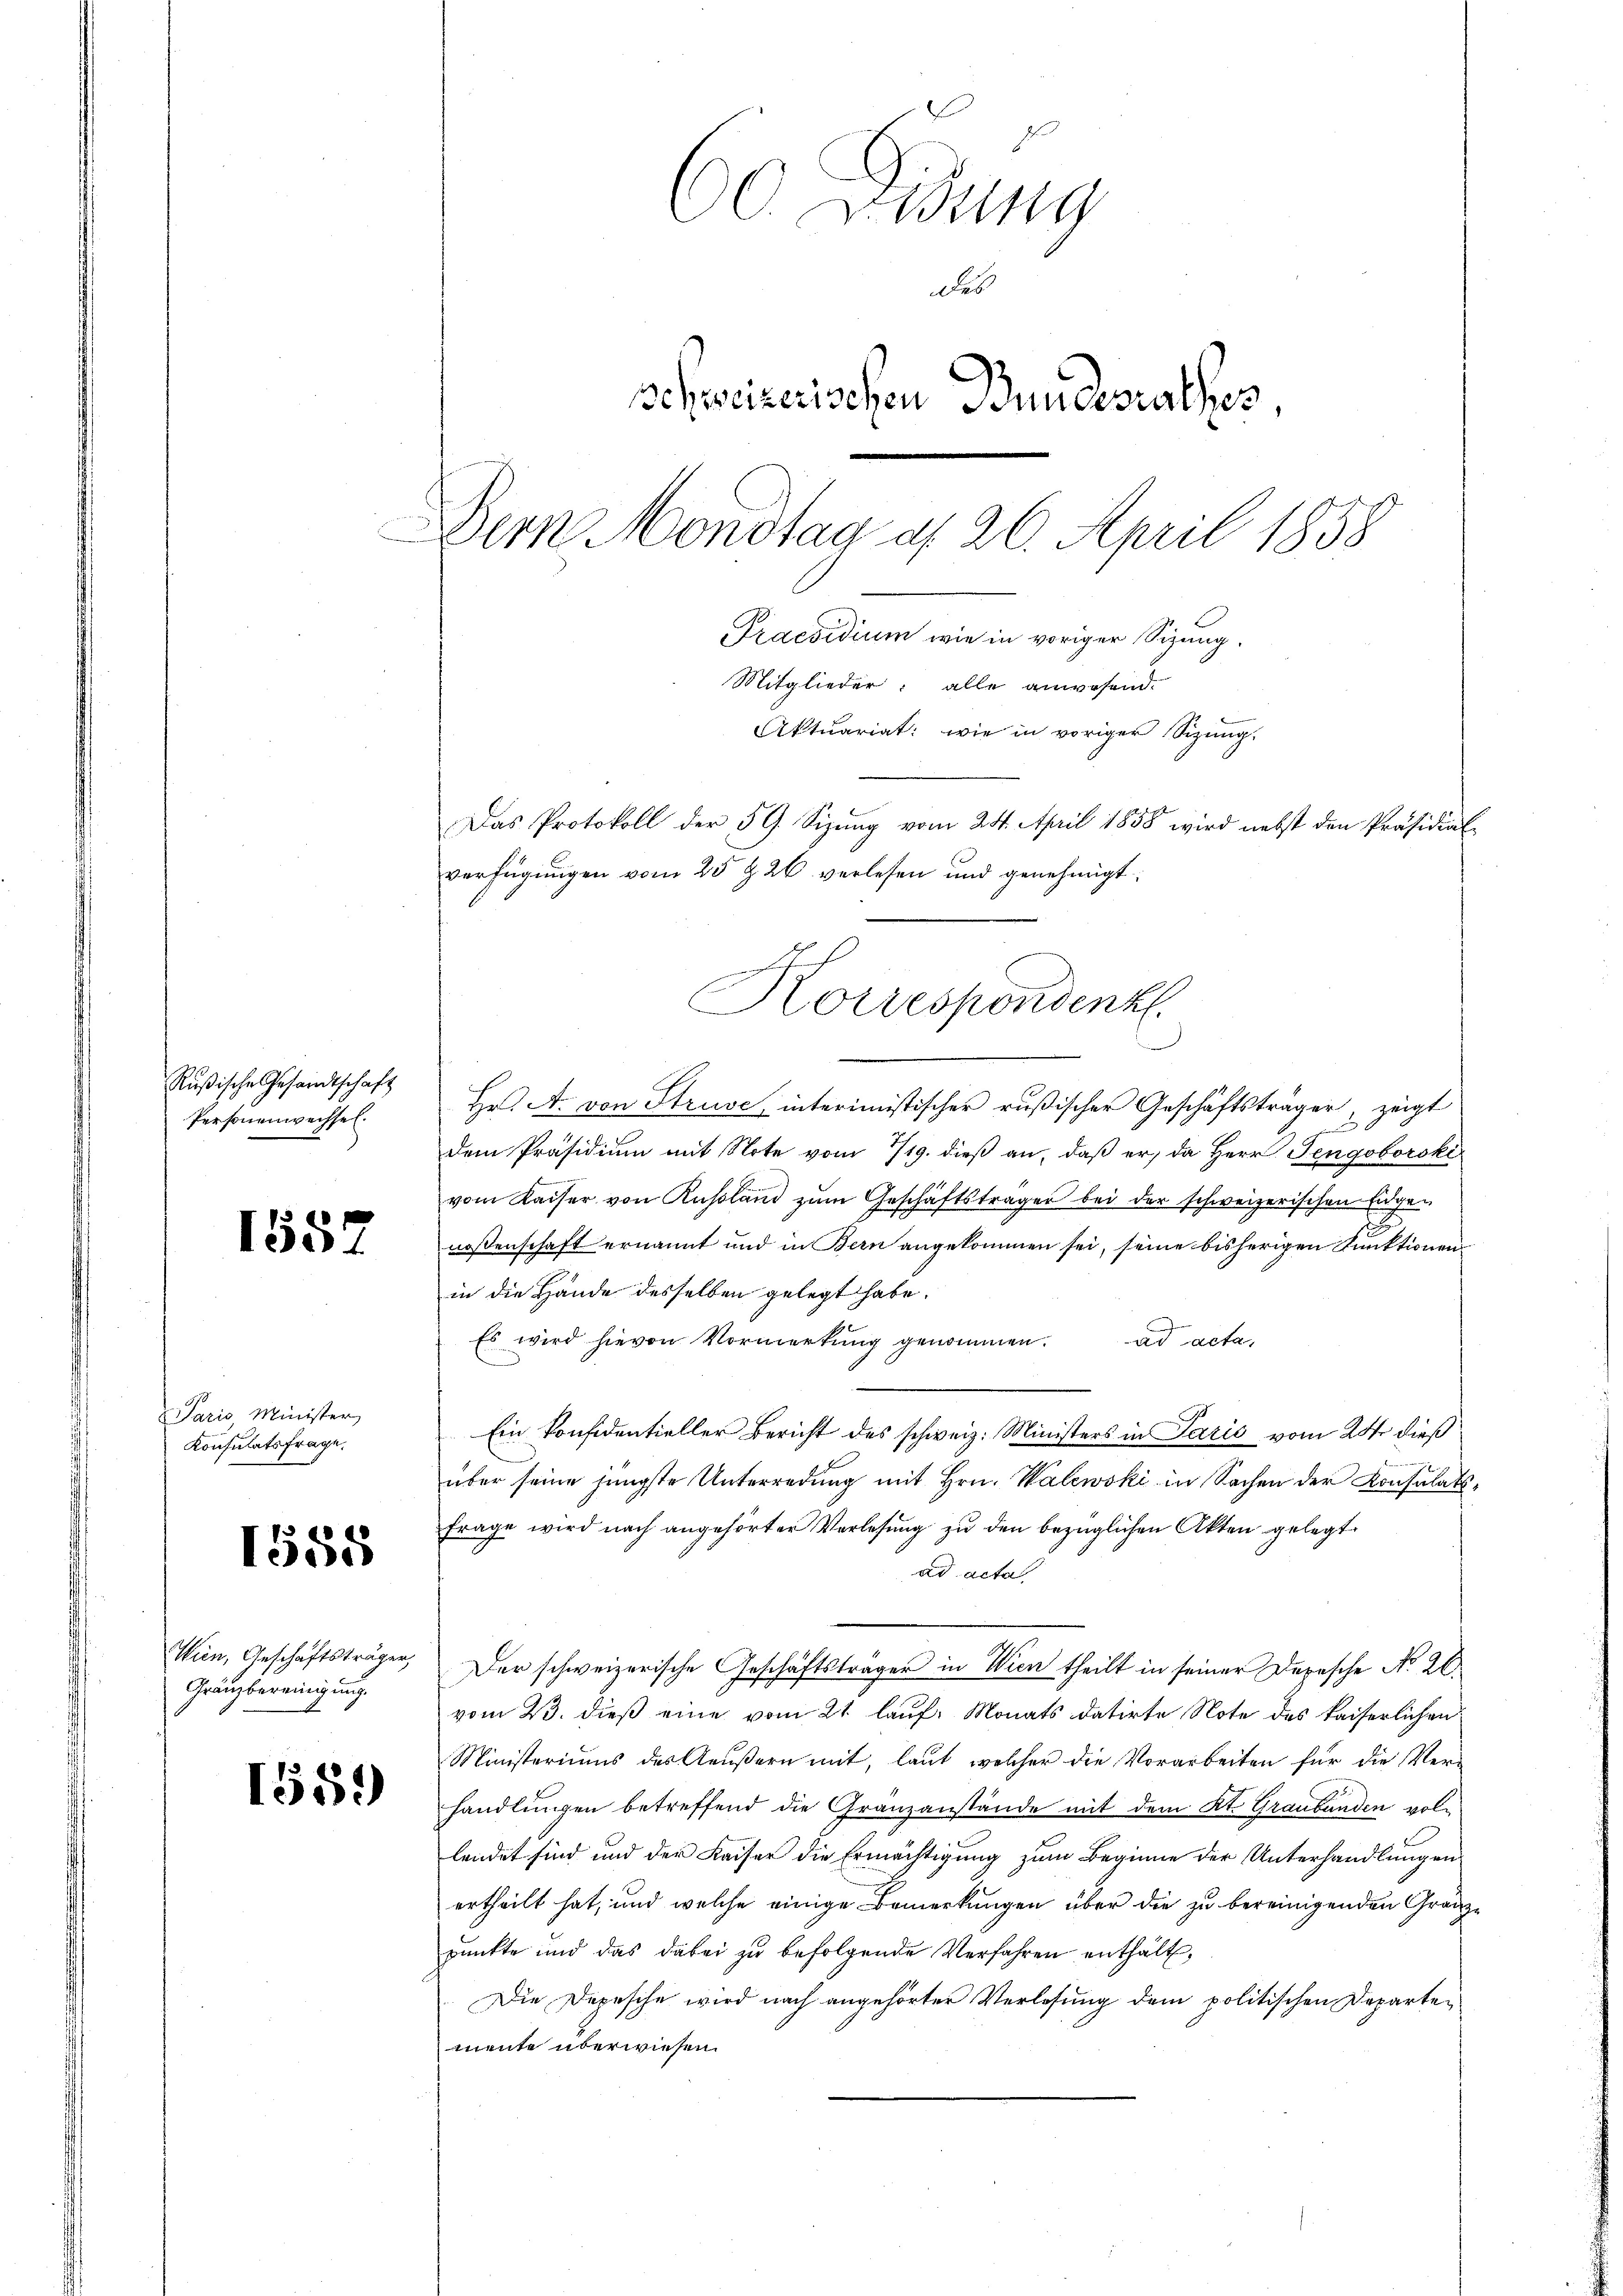
Rußische Gesandtschaft
Personenwechsel.

1552

Paris Minister,
Konsulatsfrage,

1555

Wien, Geschäftsträger,
Gränzbereinigung.

1551)

60 Didung
Fes
Schweizerischen Bundesrathes,
Dem Mondtag u. 26. April 1858
Praesidium wie in voriger Sizung.
Mitglieder: alle anwesend.
Aktuariat: wie in voriger Sizung.
Das Protokoll der § 9. Sizŭng vom 24. April 1858 wird nebst den Präsidial
verfügungen vom 25 t 26 verlesen und genehmigt:

Hr. A. von Struve interimistischer rußischer Geschäftsträger, zeigt
e
dem Präsidium mit Note vom 719. dieß an, daß er, da Herr Fengoborski
vom Kaiser von Russland zŭm Geschäftsträger bei der schweizerischen Eidgen
noßenschaft ernannt und in Bern angekommen sei, seine bisherigen Funktionenin die Hände desselben gelegt habe.
Es wird hievon Vormerkŭng genommen. ad acta,
Ein Konfidentieller Bericht des schweiz. Ministers in Paris vom 24t dieß
u
über seine jüngste Unterredung mit Hrn. Walewski in Sachen der Konsulats¬
Frage wird nach angehörter Verlesung zu den bezüglichen Akten gelegt.
ad acta
Der schweizerische Geschäftsträger in Wien theilt in seiner Depesche No 26.
vom 23. dieß eine vom 21. lauf Monats datirte Note des kaiserlichen
Ministeriums des Aeußern mit, laut, welcher die Vorarbeiten für die Ver-
handlungen betreffend die Granzanstände mit dem Kt. Graubünden vollendet sind und der Kaiser die Ermächtigung zum Beginne der Unterhandlungen
ertheilt hat, und welche einige Bemerkungen über die zu bereinigenden Gränzpunkte und das dabei zu befolgende Verfahren enthält,
Die Depesche wird nach angehörter Verlesung dem politischen Departen
mente überwiesen.

n
Korrespondenk
e